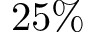
2 5 \%